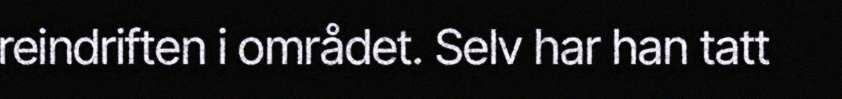
reindriften i området. Selv har han tatt